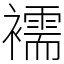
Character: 襦